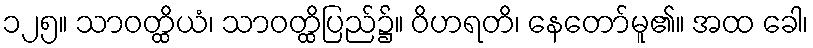
၁၂၅။ သာဝတ္ထိယံ၊ သာဝတ္ထိပြည်၌။ ဝိဟရတိ၊ နေတော်မူ၏။ အထ ခေါ၊